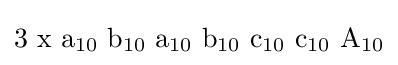
\mathrm {3\,\,x\,\,a_{10}\,\,b_{10}\,\,a_{10}\,\,b_{10}\,\,c_{10}\,\,c_{10}\,\,A_{10}}